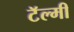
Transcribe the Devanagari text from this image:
टॅल्मी